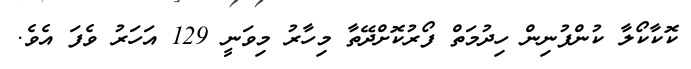
ކޮކާކޯލާ ކުންފުނިން ހިދުމަތް ފޯރުކޮށްދޭތާ މިހާރު މިވަނީ 129 އަހަރު ވެފަ އެވެ.